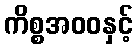
ကိစ္စအဝဝနှင့်